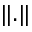
\| . \|